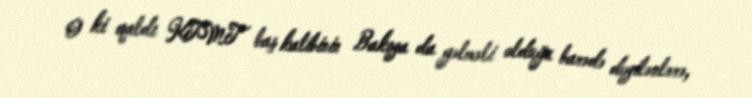
O ki qaldı KTMT baş katibinin Bakıya da gəlməli olduğu barədə deyilənlərə,